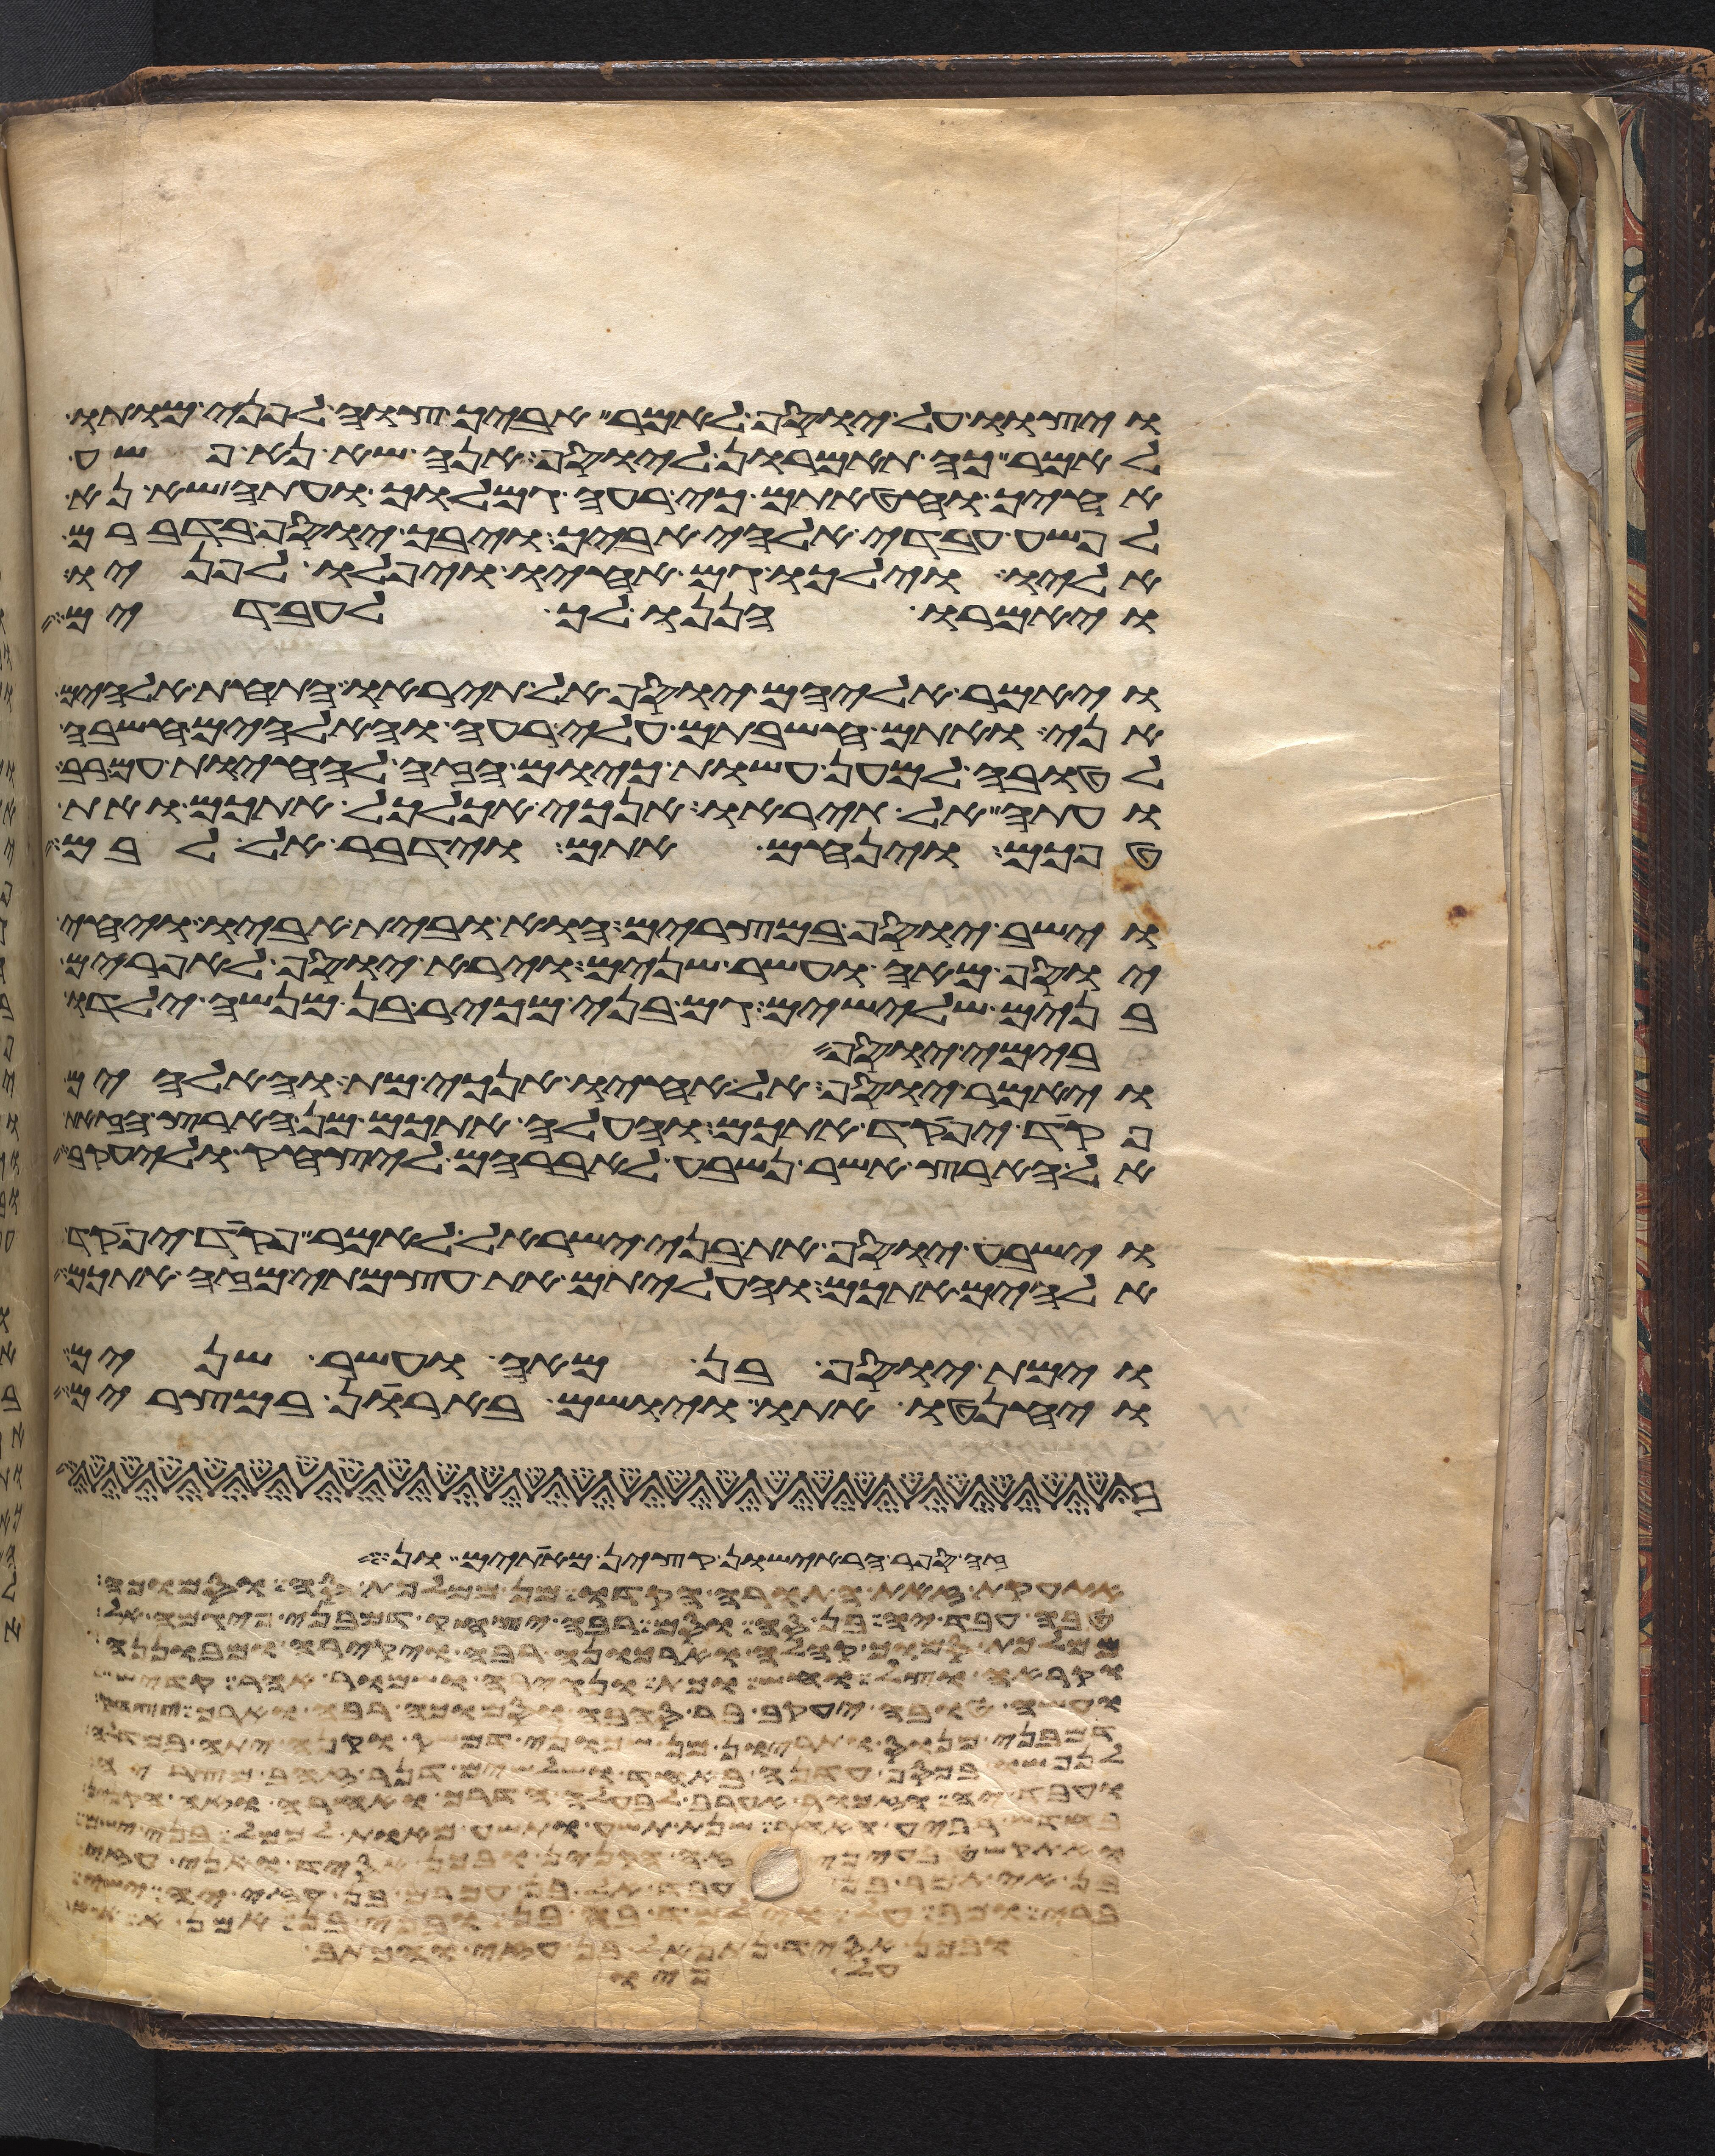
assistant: ויצוו על יוסף לאמר אביך צוה לפני מותו
לאמר כה תאמרון ליוסף אנה שא נא פשע
אחיך וחטאתם כי רעה גמלוך ועתה שא נא
לפשע עבדי אלהי אביך ויבך יוסף בדברם
אליו וילכו גם אחיו ויפלו לפניו
ויאמרו הננו לך לעבדים
ויאמר אליהם יוסף אל תיראו התחת אלהים
אני אתם חשבתם עלי רעה והאלהים חשבה
לטובה למען עשות כיום הזה להחיות עם רב
ועתה אל תיראו אנכי אכלכל אתכם ואת
טפכם וינחם אתם וידבר אל לבם
וישב יוסף במצרים הוא ובית אביו ויחי
יוסף מאה ועשר שנים וירא יוסף לאפרים
בנים שלישים גם בני מכיר בן מנשה ילדו
בימי יוסף
ויאמר יוסף אל אחיו אנכי מת והאלהים
פקד יפקד אתכם והעלה אתכם מן הארץ הזאת
אל הארץ אשר נשבע לאברהם ליצחק וליעקב
וישביע יוסף את בני ישראל לאמר פקד יפקד
אלהים אתכם והעליתם את עצמתי מזה אתכם
וימת יוסף בן מאה ועשר שנים
ויחנטו אתו ויושם בארן במצרים
הפר הראישון חטאת
עת את הדבר הגדול יביאון אל משה וכל
טוב ויהי ערב ויהי בקר יום רביעי ויאמר אלהים
מתוך הסנה ויאמר משה משה ויאמר הנני
ואקרא בקול גדול ויהי כשמעו כי הרמי קולי
ועשו וירא עשו כי ברך יצחק
בני מררי אשר פקד משה ואהרן על פי יהוה ביד
מנורה מצדה האחד ושלשה קני מנורה מצדה
עבד יהוה בארץ מואב על פי יהוה ויקבר אתו בגיא
בחדש השביעי תחגו אתו בסכות תשבו שבעת ימים כל האזרח בישראל ישב
ואקל בעיניה ישפט יהוה ביני ובינך ויאמר
לא תכרת להם ולאלהיהם ברית לא ישבו
יביט ומדוע לא יראתם לדבר בעבדי במשה
תבן אין נתן לעבדיך ולבנים
עליו